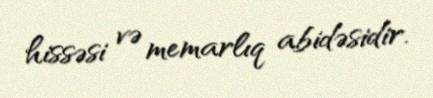
hissəsi və memarlıq abidəsidir.